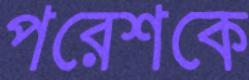
পরেশকে